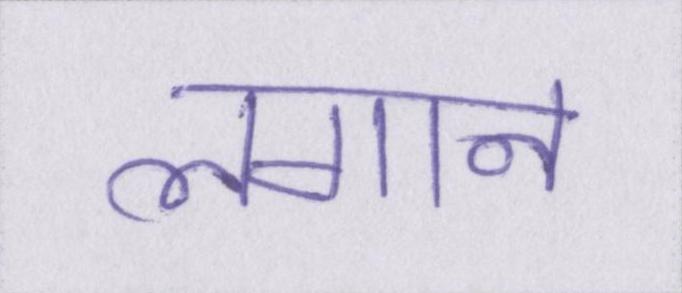
लगान